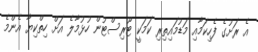
އެ ރަށުގެ ފެހިކަމާއި މަޑުމައިތިރި ކަމަކީ ޓޫރިސްޓުން ހުޅުމާލެ އަށް ހިތްކިޔާ އެންމެ